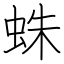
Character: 蛛